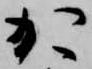
か